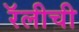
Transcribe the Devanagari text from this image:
रॅलीची